Civil Veterinary Dept. North-West Frontier Province 1901-22 - 1901-1922
Year: 1901
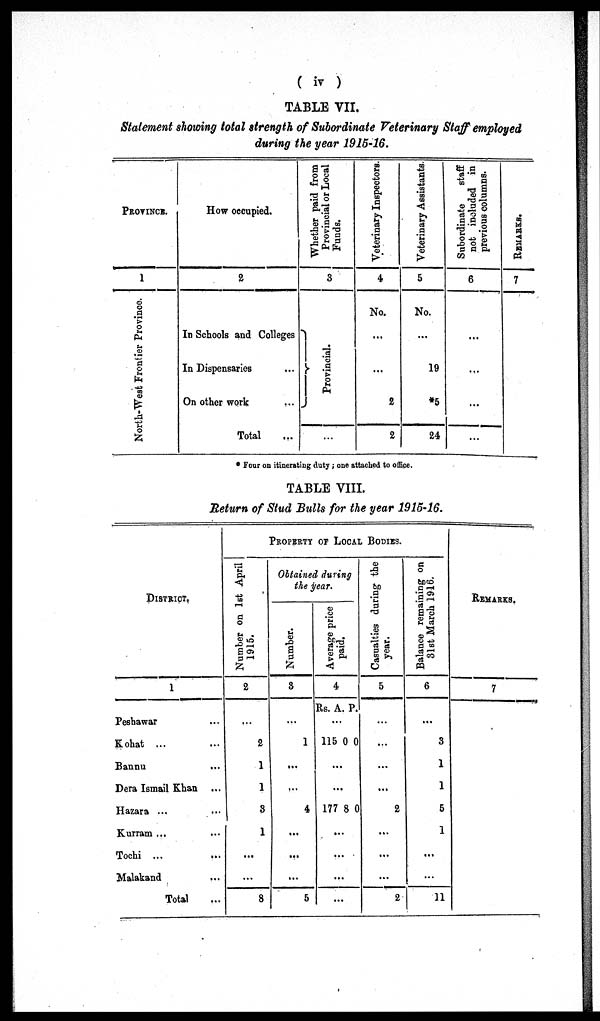
(iv)
TABLE VII.
Statement showing total strength of Subordinate Veterinary Staff employed
during the year 1915-16.
PROVINCE.
1
North-West Frontier Province.
How occupied.
2
In Schools and Colleges
In Dispensaries ...
On other work ...
Total ...
Whether paid from
Provincial or Local
Funds.
3
Pr ovi nci al .
...
Veterinary Inspectors
4
No.
...
...
2
2
Veterinary Assistants
5
No.
...
19
*5
24
Subordinate
staff
not included in
previous columns.
6
...
...
...
...
REMARKS.
7
* Four on itinerating duty; one attached to office.
TABLE VIII.
Return of Stud Bulls for the year 1915-16.
DISTRICT.
1
Peshawar ...
Kohat ... ...
Bannu ...
Dera Ismail Khan ...
Hazara ... ...
Kurram ... ...
Tochi ... ...
Malakand ...
Total ...
PROPERTY OF LOCAL BODIES.
Number on 1st April
1915.
2
...
2
1
1
3
1
...
...
8
Obtained during
the year.
Number.
3
...
1
...
...
4
...
...
...
5
Ave r
a ge price
paid.
4
Rs.
115
177
A.
...
0
...
...
8
...
...
...
...
P.
0
0
Casualties during the
year.
5
...
...
...
...
2
...
...
...
2
Balance remaining on
31st March 1916.
6
...
3
1
1
5
1
...
...
11
REMARKS.
7